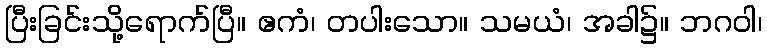
ပြီးခြင်းသို့ရောက်ပြီ။ ဧကံ၊ တပါးသော။ သမယံ၊ အခါ၌။ ဘဂဝါ၊